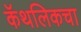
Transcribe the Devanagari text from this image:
कॅथलिकचा